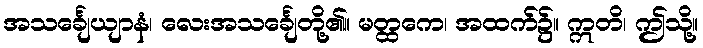
အသင်္ချေယျာနံ၊ လေးအသင်္ချေတို့၏။ မတ္ထကေ၊ အထက်၌။ ဣတိ၊ ဤသို့။